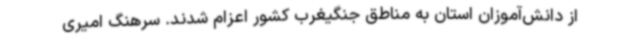
از دانش‌آموزان استان به مناطق جنگیغرب کشور اعزام شدند. سرهنگ امیری